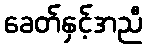
ခေတ်နှင့်အညီ